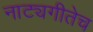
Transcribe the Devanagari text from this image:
नाट्यगीतेच